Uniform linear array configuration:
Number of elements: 48
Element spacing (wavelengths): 0.5
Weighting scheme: exponential
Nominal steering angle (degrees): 0
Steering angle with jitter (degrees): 1.336
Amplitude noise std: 0.05
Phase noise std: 0.05

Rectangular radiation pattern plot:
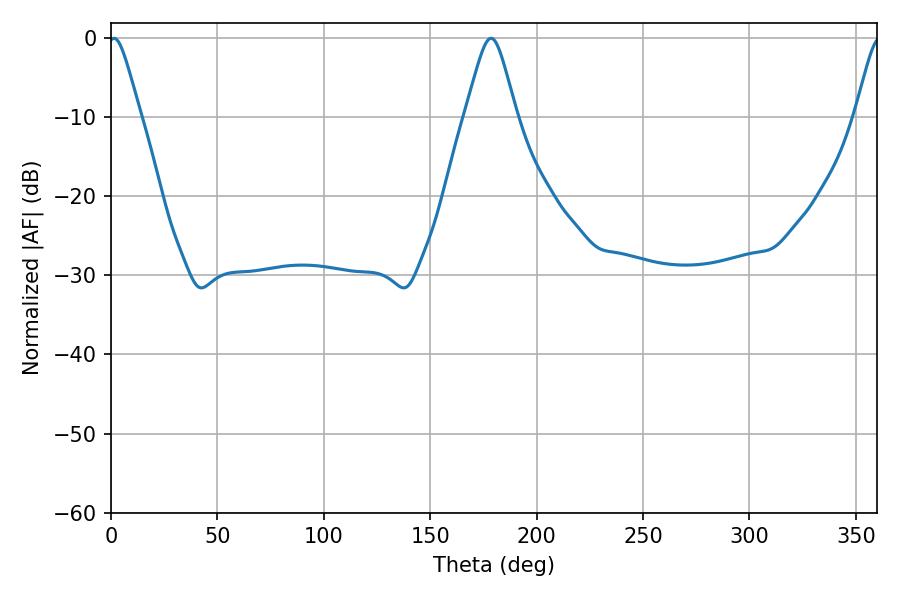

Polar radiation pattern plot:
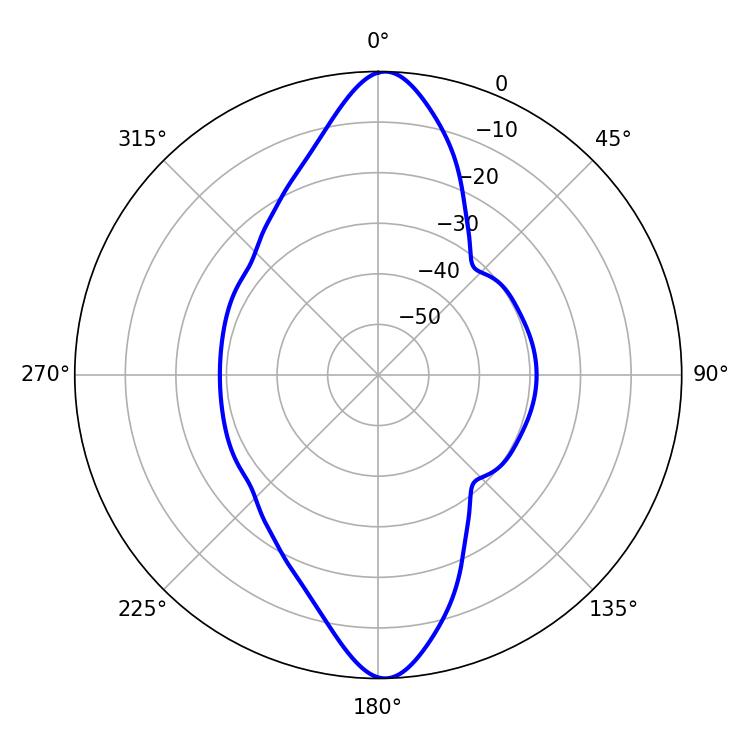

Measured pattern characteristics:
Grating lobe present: FALSE
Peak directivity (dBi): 23.662
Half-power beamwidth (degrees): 7.2
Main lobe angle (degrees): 1.44